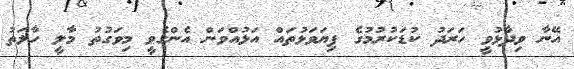
އޭނާ ވިދާޅުވީ ހަރަދު ކުޑަކުރުމުގެ ފިޔަވަޅުތައް އަޅުއްވަން އެންގެވީ މިވަގުތު މާލީ ހާލަތު